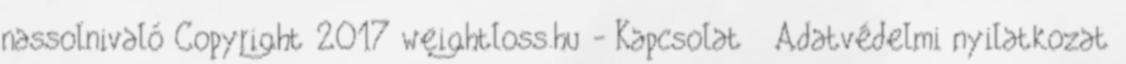
nassolnivaló Copyright 2017 weightloss.hu - Kapcsolat Adatvédelmi nyilatkozat